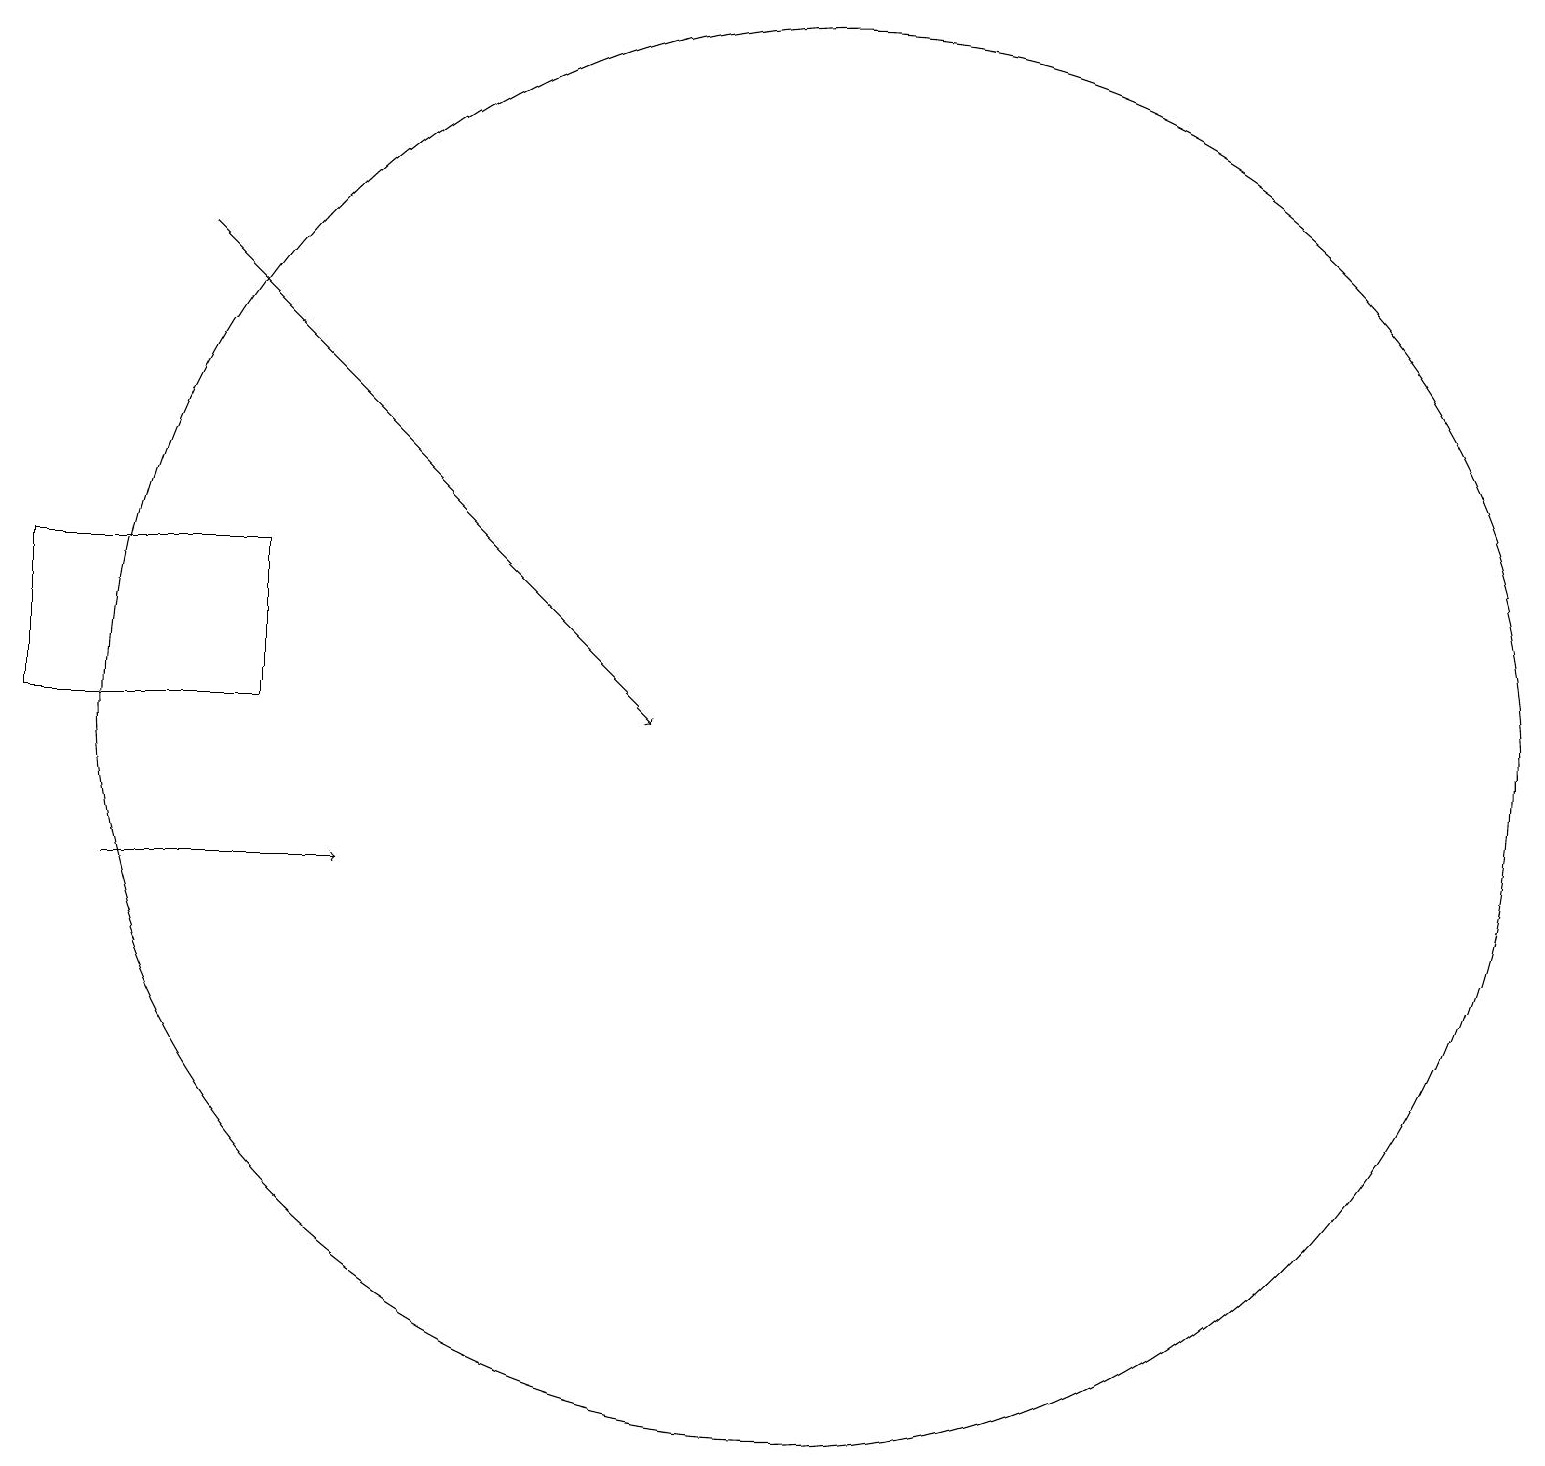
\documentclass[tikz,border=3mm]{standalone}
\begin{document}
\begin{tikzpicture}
\draw[->] (2,10) -- (5,10);
\draw[->] (3,18) -- (9,12);
\draw (11,12) circle (9);
\draw (1,14) rectangle (4,12);
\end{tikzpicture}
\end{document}